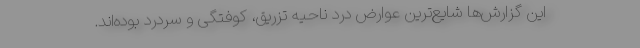
این گزارش‌ها شایع‌ترین عوارض درد ناحیه تزریق، کوفتگی و سردرد بوده‌اند.